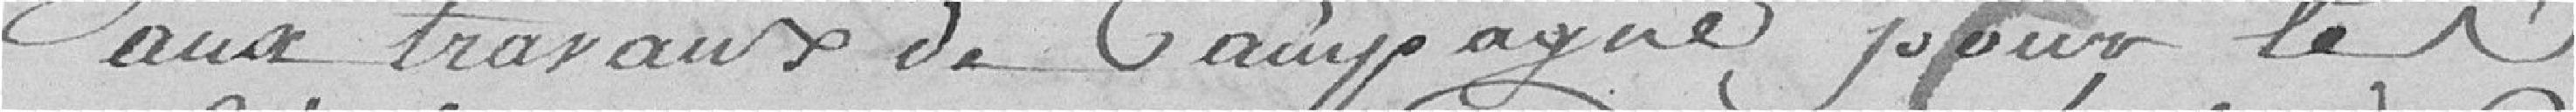
aux travaux de campagne pour les